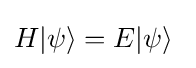
H|\psi \rangle =E|\psi \rangle \